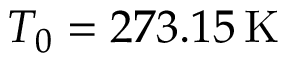
T _ { 0 } = 2 7 3 . 1 5 \, \mathrm { K }